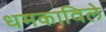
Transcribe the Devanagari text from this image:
धमकाविले